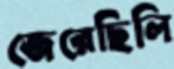
জেরেছিলি